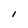
Character: l